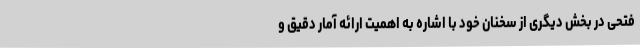
فتحی در بخش دیگری از سخنان خود با اشاره به اهمیت ارائه آمار دقیق و